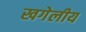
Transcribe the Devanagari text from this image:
खगेलीय